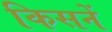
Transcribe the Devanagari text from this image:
किसनें